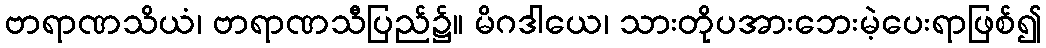
ဗာရာဏသိယံ၊ ဗာရာဏသီပြည်၌။ မိဂဒါယေ၊ သားတိုပအားဘေးမဲ့ပေးရာဖြစ်၍